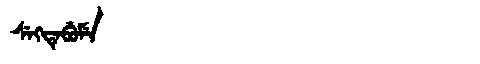
Manchu: ᠰᡝᡴᡨᡝᠪᡠᠮᡝ
Romanization: SEKTEBUME